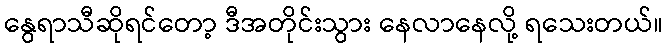
နွေရာသီဆိုရင်တော့ ဒီအတိုင်းသွား နေလာနေလို့ ရသေးတယ်။